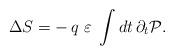
LaTeX: \begin{align*}\Delta S = - \, q \, \, \varepsilon \; \int dt \, \partial_t {\cal P}.\end{align*}